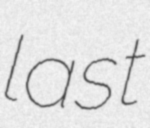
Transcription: last